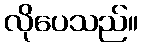
လိုပေသည်။